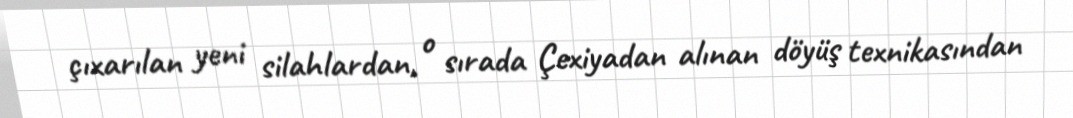
çıxarılan yeni silahlardan, o sırada Çexiyadan alınan döyüş texnikasından